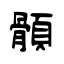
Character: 顝